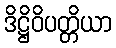
ဒိဋ္ဌိဝိပတ္တိယာ